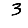
Digit: 3